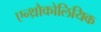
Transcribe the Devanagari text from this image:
एन्थ्रौकोलियिक